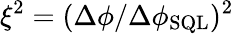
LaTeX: \xi^{2}=(\Delta\phi/\Delta\phi_{\mathrm{SQL}})^{2}